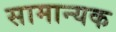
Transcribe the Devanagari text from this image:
सामान्यक